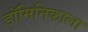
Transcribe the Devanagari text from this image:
डॉमिनिकाला